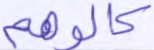
كالوهم